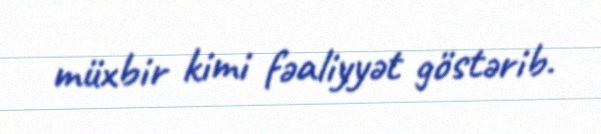
müxbir kimi fəaliyyət göstərib.